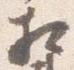
相